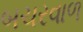
બચરવાળ